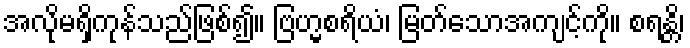
အလိုမရှိကုန်သည်ဖြစ်၍။ ဗြဟ္မစရိယံ၊ မြတ်သောအကျင့်ကို။ စရန္တိ၊